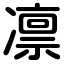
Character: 凛